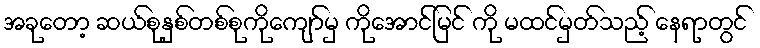
အခုတော့ ဆယ်စုနှစ်တစ်စုကိုကျော်မှ ကိုအောင်မြင် ကို မထင်မှတ်သည့် နေရာတွင်